Civil Veterinary Dept. Bombay admin report 1914-1922 - 1914-1922
Year: 1914
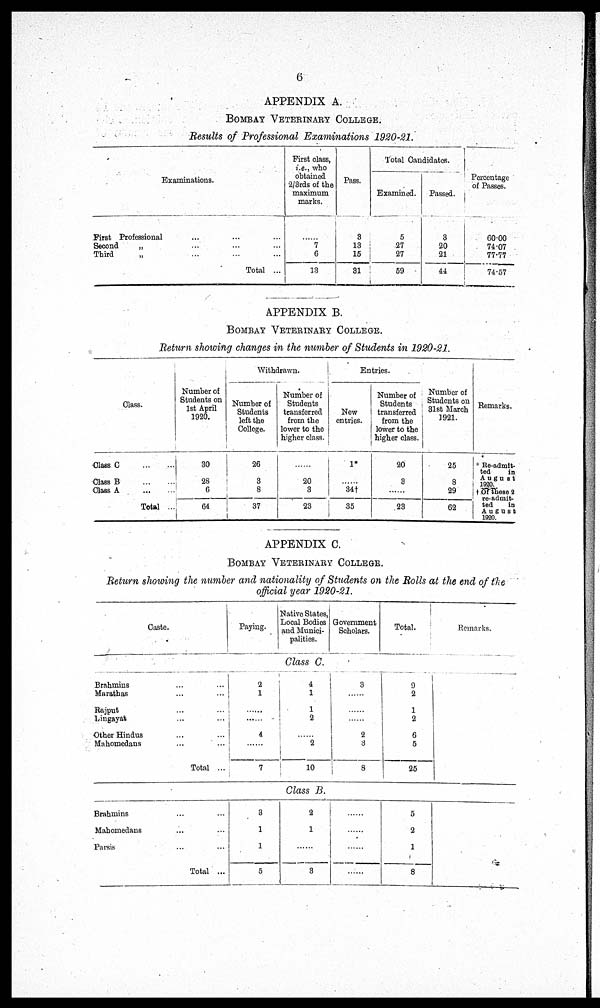
6
APPENDIX A.
BOMBAY VETERINARY COLLEGE.
Results of Professional Examinations 1920-21
Examinations.
First Professional ... ... ...
Second
„ ... ... ...
Third
„ ... ... ...
Total ...
First class,
i.e., who
obtained
2/3rds of the
maximum
marks.
......
7
6
13
Pass.
3
13
15
31
Total Candidates.
Examined.
5
27
27
59
Passed.
3
20
21
44
Percentage
of Passes.
60.00
74.07
77.77
74.57
APPENDIX B.
BOMBAY VETERINARY COLLEGE.
Return showing changes in the number of Students in 1920-21.
Class.
Class C ... ...
Class B ... ...
Class A ... ...
Total ...
Number of
Students on
1st April
1920.
30
28
6
64
Withdrawn.
Number of
Students
left the
College.
26
3
8
37
Number of
Students
transferred
from the
lower to the
higher class.
......
20
3
23
Entries.
New
entries.
1*
......
34†
35
Number of
Students
transferred
from the
lower to the
higher class.
20
3
......
23
Number of
Students on
31st March
1921.
25
8
29
62
Remarks.
* Re-admit-
ted
in
August
1920.
† Of these 2
ted
in
August
1920.
APPENDIX C.
BOMBAY VETERINARY COLLEGE.
Return showing the number and nationality of Students on the Rolls at the end of the
official year 1920-21.
Caste.
Brahmins ... ...
Marathas ... ...
Rajput ... ...
Lingayat ... ...
Other Hindus ... ...
Mahomedans ... ...
Total ...
Paying.
2
1
......
......
4
......
7
Native States,
Local Bodies
and Munici-
palities.
Class C.
4
1
1
2
......
2
10
Government
Scholars.
3
......
......
......
2
3
8
Total.
9
2
1
2
6
5
25
Remarks.
Class B.
Brahmins ... ...
Mahomedans ... ...
Parsis ... ...
Total ...
3
1
1
5
2
1
......
3
......
......
......
......
5
2
1
8